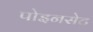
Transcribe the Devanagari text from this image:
पोइनसेट